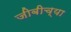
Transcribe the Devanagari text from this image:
जीबीच्या